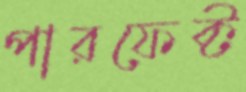
পারফেক্ট